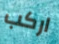
اركب